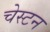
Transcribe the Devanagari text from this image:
चेस्टन